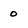
Character: o